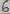
Text: 8